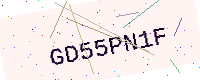
Text: GD55PN1F